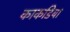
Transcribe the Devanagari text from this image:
काकडिया